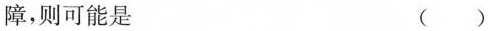
障，则可能是 ()